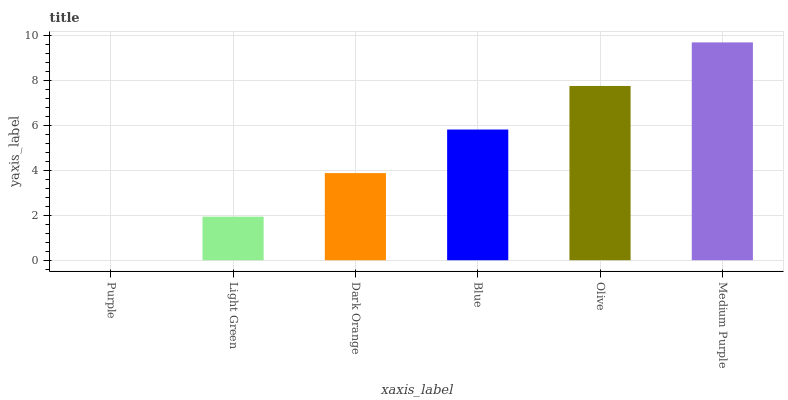
| xaxis_label | bars |
 | --- | --- |
 | Purple | 0 |
 | Light Green | 1.94 |
 | Dark Orange | 3.88 |
 | Blue | 5.83 |
 | Olive | 7.77 |
 | Medium Purple | 9.71 |